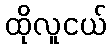
ထိုလူငယ်